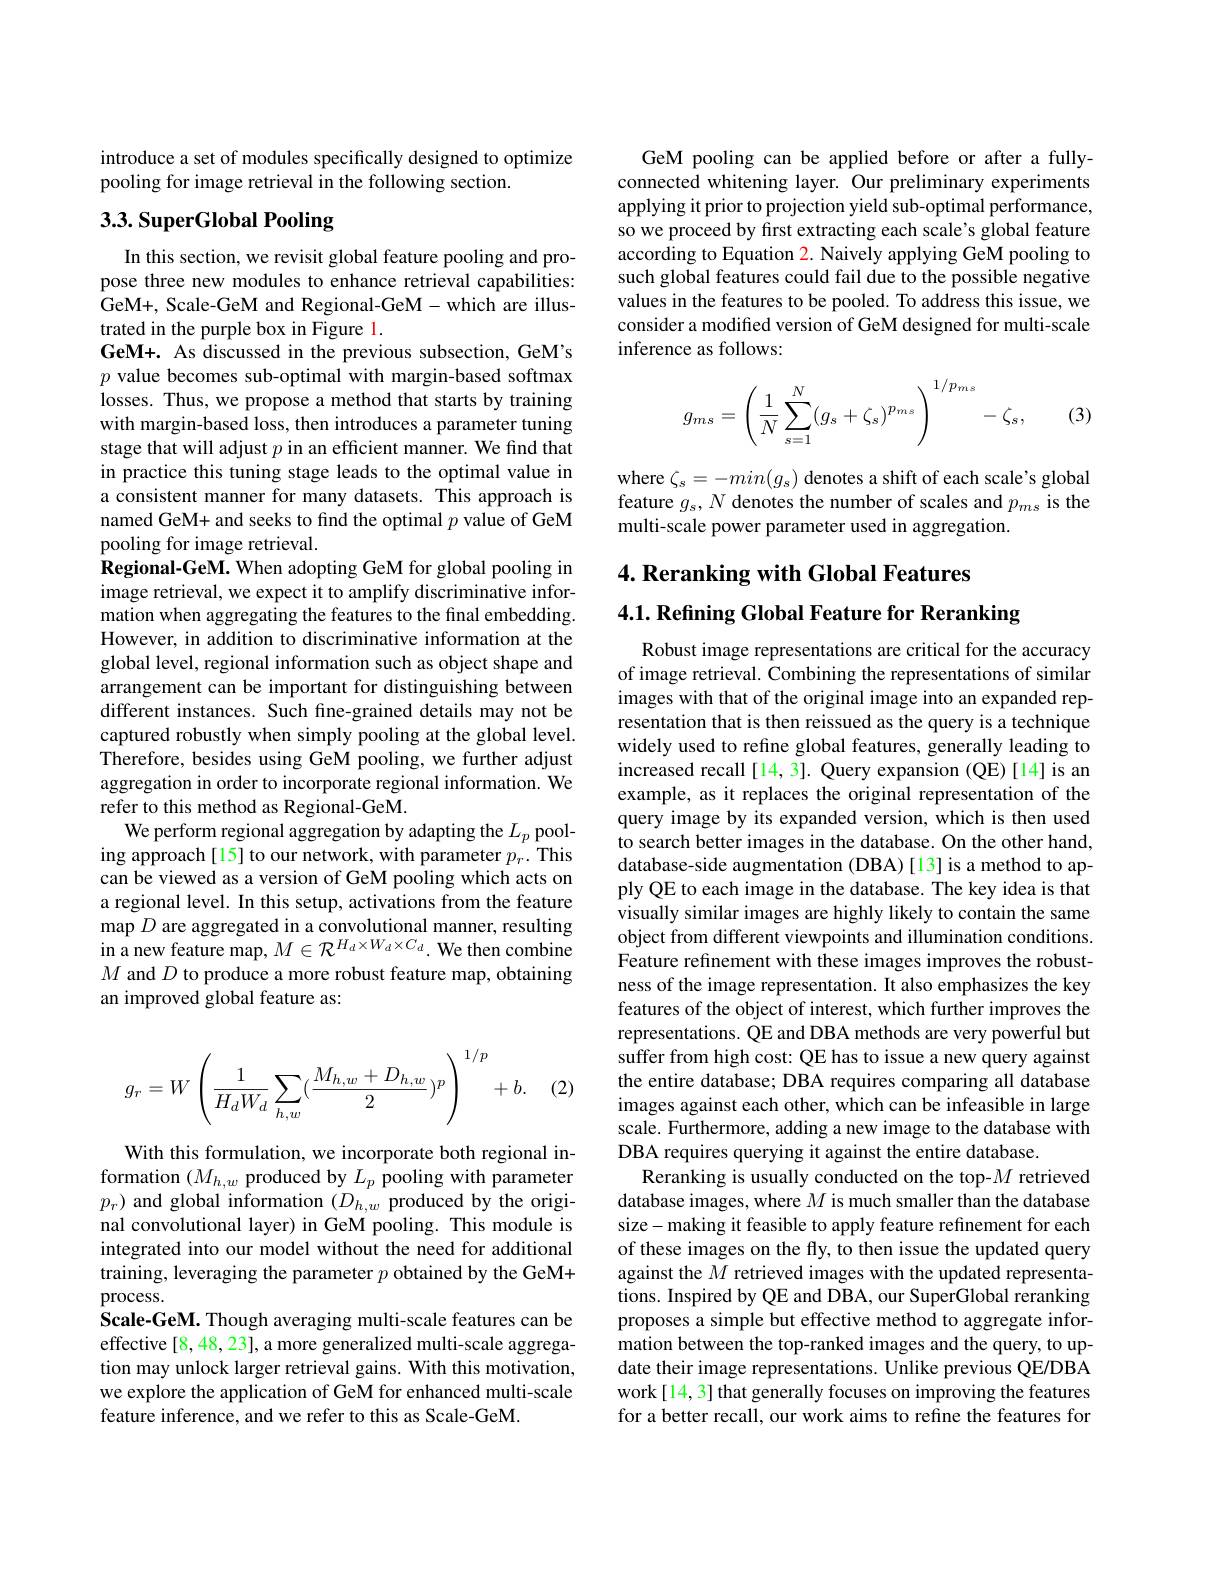
introduce a set of modules specifically designed to optimize
pooling for image retrieval in the following section.

## 3.3. SuperGlobal Pooling

In this section, we revisit global feature pooling and propose three new modules to enhance retrieval capabilities: GeM+, Scale-GeM and Regional-GeM- which are illustrated in the purple box in Figure 1.
GeM+. As discussed in the previous subsection, GeM's $p$ value becomes sub-optimal with margin-based softmax losses. Thus, we propose a method that starts by training with margin-based loss, then introduces a parameter tuning stage that will adjust $p$ in an efficient manner. We find that in practice this tuning stage leads to the optimal value in a consistent manner for many datasets. This approach is named GeM+ and seeks to find the optimal $p$ value of GeM pooling for image retrieval.
Regional-GeM. When adopting GeM for global pooling in image retrieval, we expect it to amplify discriminative information when aggregating the features to the final embedding. However, in addition to discriminative information at the global level, regional information such as object shape and arrangement can be important for distinguishing between different instances. Such fine-grained details may not be captured robustly when simply pooling at the global level. Therefore, besides using GeM pooling, we further adjust aggregation in order to incorporate regional information. We refer to this method as Regional-GeM.
We perform regional aggregation by adapting the $L_p$ pooling approach[15] to our network, with parameter $p_{r}.$ This can be viewed as a version of GeM pooling which acts on a regional level. In this setup, activations from the feature map $D$ are aggregated in a convolutional manner, resulting in a new feature map, $M\in\mathcal{R}^H_d\times W_d\times C_d.$ We then combine $M$ and $D$ to produce a more robust feature map, obtaining an improved global feature as:
$$g_r=W\left(\dfrac{1}{H_dW_d}\sum_{h,w}(\dfrac{M_{h,w}+D_{h,w}}{2})^p\right)^{1/p}+b.$$
(2)

With this formulation, we incorporate both regional information $(M_{h,w}$ produced by $L_p$ pooling with parameter $p_r)$ and global information $(D_h,w$ produced by the original convolutional layer) in GeM pooling. This module is integrated into our model without the need for additional training, leveraging the parameter $p$ obtained by the GeM+ process.
Scale-GeM. Though averaging multi-scale features can be effective [8, 48, 23], a more generalized multi-scale aggregation may unlock larger retrieval gains. With this motivation, we explore the application of GeM for enhanced multi-scale feature inference, and we refer to this as Scale-GeM.

GeM pooling can be applied before or after a fullyconnected whitening layer. Our preliminary experiments applying it prior to projection yield sub-optimal performance, so we proceed by first extracting each scale's global feature according to Equation 2. Naively applying GeM pooling to such global features could fail due to the possible negative values in the features to be pooled. To address this issue, we consider a modified version of GeM designed for multi-scale inference as follows:
$$g_{ms}=\left(\dfrac{1}{N}\sum_{s=1}^{N}(g_{s}+\zeta_{s})^{p_{ms}}\right)^{1/p_{ms}}-\zeta_{s},$$
(3)

where $\zeta_s=-min(g_{s})$ denotes a shift of each scale's global feature $g_s,N$ denotes the number of scales and $p_ms$ is the multi-scale power parameter used in aggregation.

# 4. Reranking with Global Features 4.1. Refining Global Feature for Reranking

Robust image representations are critical for the accuracy of image retrieval. Combining the representations of similar images with that of the original image into an expanded representation that is then reissued as the query is a technique widely used to refine global features, generally leading to increased recall [14, 3]. Query expansion (QE)[14] is an example, as it replaces the original representation of the query image by its expanded version, which is then used to search better images in the database. On the other hand, database-side augmentation (DBA)[13]is a method to apply QE to each image in the database. The key idea is that visually similar images are highly likely to contain the same object from different viewpoints and illumination conditions. Feature refinement with these images improves the robustness of the image representation. It also emphasizes the key features of the object of interest, which further improves the representations. QE and DBA methods are very powerful but suffer from high cost: QE has to issue a new query against the entire database; DBA requires comparing all database images against each other, which can be infeasible in large scale. Furthermore, adding a new image to the database with DBA requires querying it against the entire database.
Reranking is usually conducted on the top-$M$ retrieved database images, where $M$ is much smaller than the database size- making it feasible to apply feature refinement for each of these images on the fly, to then issue the updated query against the $M$ retrieved images with the updated representations. Inspired by QE and DBA, our SuperGlobal reranking proposes a simple but effective method to aggregate information between the top-ranked images and the query, to update their image representations. Unlike previous QE/DBA work[14,3] that generally focuses on improving the features for a better recall, our work aims to refine the features for